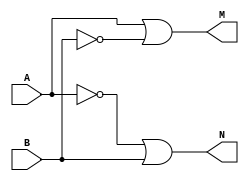
module Inicial_ID(
    A, B, M, N
);
input wire A, B; // definicin de entradas de la celda
output wire M, N; // definicin de salidas de la celda 

assign M = A | ~B;
assign N = ~A | B;


endmodule